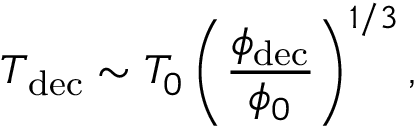
T _ { \mathrm { d e c } } \sim T _ { 0 } \left( \frac { \phi _ { \mathrm { d e c } } } { \phi _ { 0 } } \right) ^ { 1 / 3 } ,